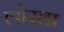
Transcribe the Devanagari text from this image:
लोखा